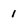
Character: 1